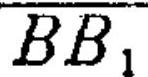
\(\overline{BB_{1}}\)